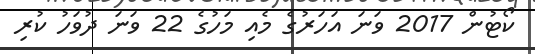
ކޯޓުން 2017 ވަނަ އަހަރުގެ މެއި މަހުގެ 22 ވަނަ ދުވަހު ކުރި